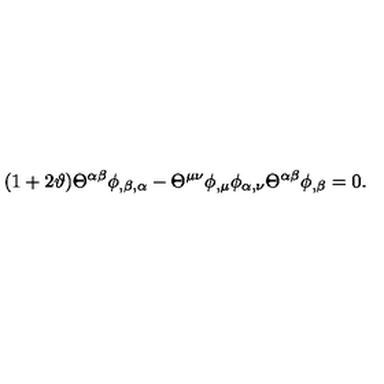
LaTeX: ( 1 + 2 \vartheta ) { \Theta } ^ { \alpha \beta } \phi _ { , \beta , \alpha } - { \Theta } ^ { \mu \nu } \phi _ { , \mu } \phi _ { \alpha , \nu } { \Theta } ^ { \alpha \beta } \phi _ { , \beta } = 0 .